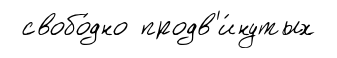
свобо́дно продв'и́нутых